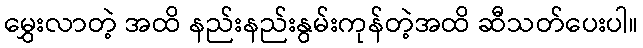
မွှေးလာတဲ့ အထိ နည်းနည်းနွမ်းကုန်တဲ့အထိ ဆီသတ်ပေးပါ။